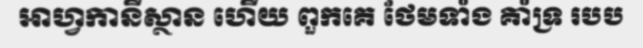
អាហ្វកានីស្ថាន ហើយ ពួកគេ ថែមទាំង គាំទ្រ របប